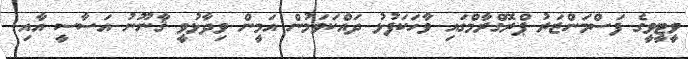
ވީޓީވީގެ ފަސްމަންޒަރު ޕްރޮގްރާމްގައި ވާހަކަފުޅު ދައްކަވަމުން އަމީން ވިދާޅުވީ ޤާނޫނު އަސާސީ އާއި